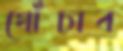
খোঁচাব